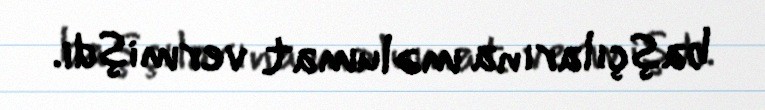
başçılarına məlumat vermişdi.